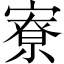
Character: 寮